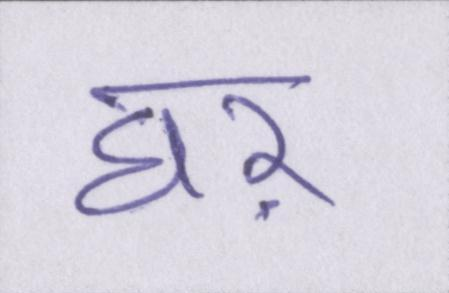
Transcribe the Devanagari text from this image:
घऱ